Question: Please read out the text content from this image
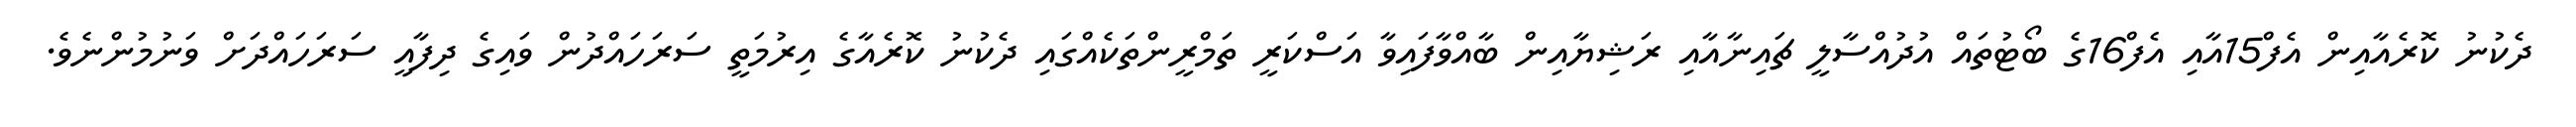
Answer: ދެކުނު ކޮރެއާއިން އެފް15އާއި އެފް16ގެ ބޯޓުތައް އުދުއްސާލީ ޗައިނާއާއި ރަޝިޔާއިން ބާއްވާފައިވާ އަސްކަރީ ތަމްރީންތަކެއްގައި ދެކުނު ކޮރެއާގެ އިރުމަތީ ސަރަހައްދުން ވައިގެ ދިފާއީ ސަރަހައްދަށް ވަނުމުންނެވެ.